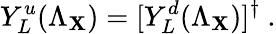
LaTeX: Y_{L}^{u}(\Lambda_{\mathbf{X}})=[Y_{L}^{d}(\Lambda_{\mathbf{X}})]^{\dagger}\ .